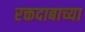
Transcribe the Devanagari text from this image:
रक्तदाबाच्या